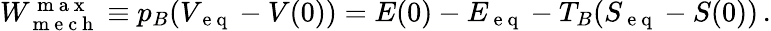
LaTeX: \begin{array}{r}{W_{\mathrm{~m~e~c~h~}}^{\mathrm{~m~a~x~}}\equiv p_{B}(V_{\mathrm{~e~q~}}-V(0))=E(0)-E_{\mathrm{~e~q~}}-T_{B}(S_{\mathrm{~e~q~}}-S(0))\, .}\end{array}